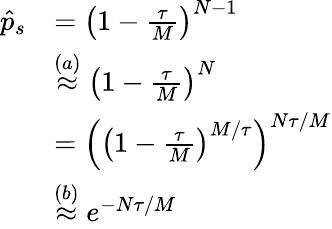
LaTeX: \begin{array}{rl}{\hat{p}_{s}}&{=\left(1-\frac{\tau}{M}\right)^{N-1}}\\ &{\stackrel{{(a)}}\approx\left(1-\frac{\tau}{M}\right)^{N}}\\ &{=\left(\left(1-\frac{\tau}{M}\right)^{{M}/{\tau}}\right)^{{N\tau}/{M}}}\\ &{\stackrel{{(b)}}\approx e^{-{N\tau}/{M}}}\end{array}